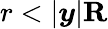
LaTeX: r<|{\boldsymbol{y}}|\le R